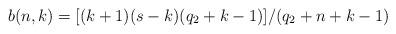
LaTeX: \begin{align*}b(n,k)=[(k+1)(s-k)(q_2+k-1)]/(q_2+n+k-1)\end{align*}